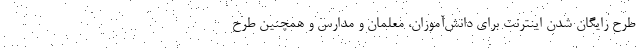
طرح رایگان شدن اینترنت برای دانش‌آموزان، معلمان و مدارس و همچنین طرح